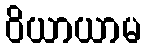
ဝိယာယာမ